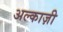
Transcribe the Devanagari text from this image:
अल्काज़ी